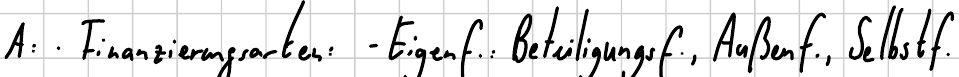
A: Finanzierungsarten: - Eigenf.: Beteiligungsf., Außenf., Selbstf.